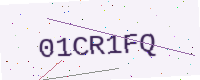
Text: 01CR1FQ